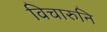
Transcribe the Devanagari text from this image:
विचारुनि